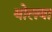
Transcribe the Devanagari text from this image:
बोलबा